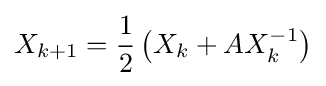
X_{k+1}={\frac {1}{2}}\left(X_{k}+AX_{k}^{-1}\right)